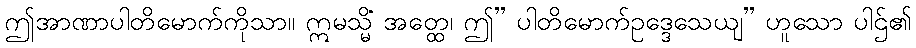
ဤအာဏာပါတိမောက်ကိုသာ။ ဣမသ္မိံ အတ္ထေ၊ ဤ” ပါတိမောက်ဥဒ္ဒေသေယျ” ဟူသော ပါဌ်၏